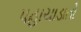
પહાચાડાતો